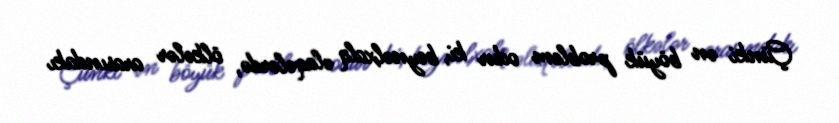
Çünki ən böyük problem odur ki, beynəlxalq əlaqələrdə, ölkələr arasındakı